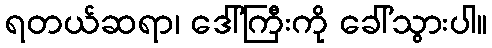
ရတယ်ဆရာ၊ ဒေါ်ကြီးကို ခေါ်သွားပါ။